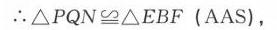
\(\therefore \triangle PQN\cong \triangle EBF\ (\text{AAS})\)